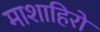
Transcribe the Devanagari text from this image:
माशाहिरो